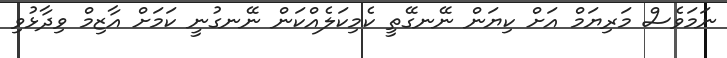
ނަމަވެސް މަރިޔަމް އަށް ކިޔަން ނޭނގޭތީ ކެމިކަލެއްކަން ނޭނގުނީ ކަމަށް އާޒިމް ވިދާޅުވި